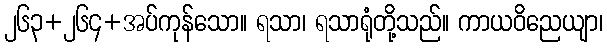
၂၆၃+၂၆၄+အပ်ကုန်သော။ ရသာ၊ ရသာရုံတို့သည်။ ကာယဝိညေယျာ၊